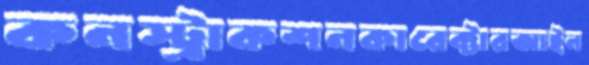
কনস্ট্রাকশনকারেক্টারআইন